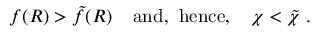
f ( R ) > \tilde { f } ( R ) \; \; \; \; \mathrm { a n d , } \; \; \mathrm { h e n c e , } \; \; \; \; \chi < \tilde { \chi } \; .